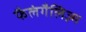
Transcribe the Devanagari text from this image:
फैलंगैलिज़्म